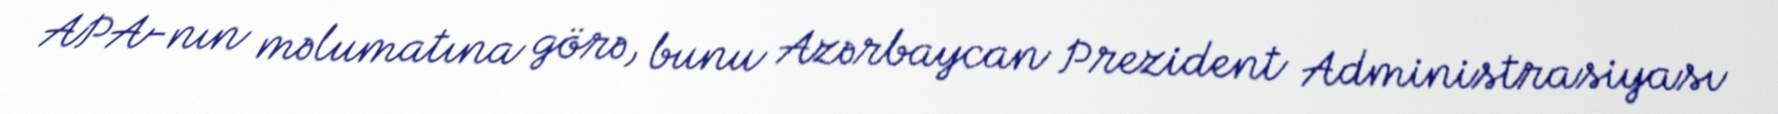
APA-nın məlumatına görə, bunu Azərbaycan Prezident Administrasiyası